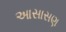
આસાસણ